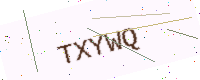
Text: TXYWQ